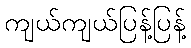
ကျယ်ကျယ်ပြန့်ပြန့်